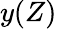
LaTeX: y(Z)